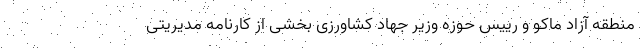
منطقه آزاد ماکو و رییس حوزه وزیر جهاد کشاورزی بخشی از کارنامه مدیریتی